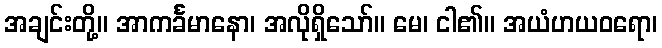
အချင်းတို့။ အာကင်္ခမာနော၊ အလိုရှိသော်။ မေ၊ ငါ၏။ အယံဟယဝရော၊